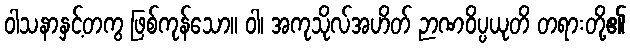
ဝါသနာနှင့်တကွ ဖြစ်ကုန်သော။ ဝါ၊ အကုသိုလ်အဟိတ် ဉာဏဝိပ္ပယုတိ တရားတို့၏